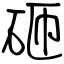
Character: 砸